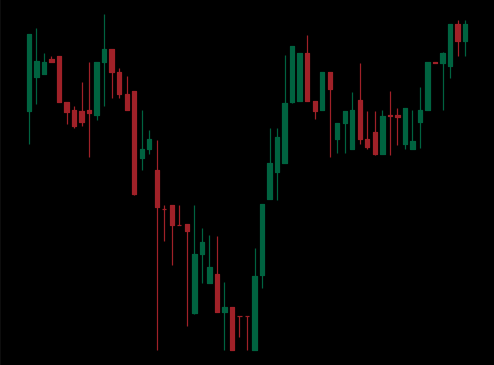
Pattern: inverse_head_shoulders